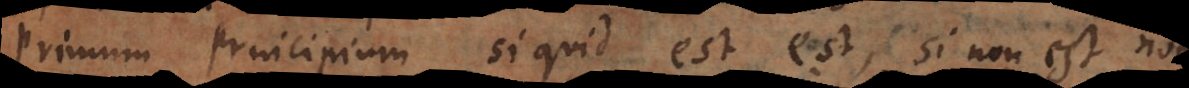
est alicujus Si quid est est, si non est non